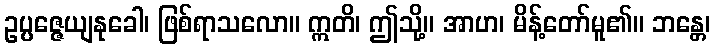
ဥပ္ပဇ္ဇေယျနုခေါ၊ ဖြစ်ရာသလော။ ဣတိ၊ ဤသို့။ အာဟ၊ မိန့်တော်မူ၏။ ဘန္တေ၊